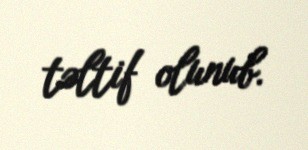
təltif olunub.